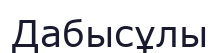
Дабысұлы